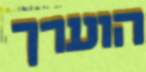
הוערך